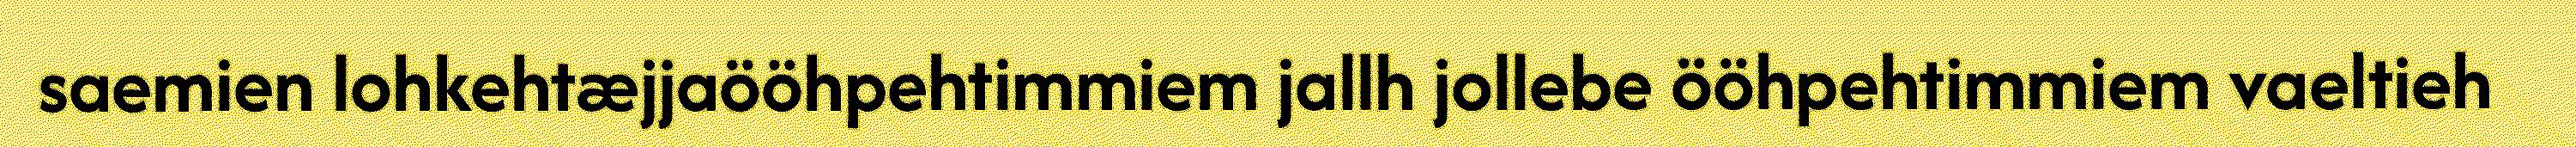
saemien lohkehtæjjaööhpehtimmiem jallh jollebe ööhpehtimmiem vaeltieh